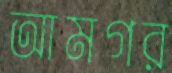
আমগর